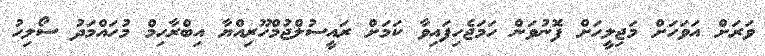
ވަރަށް އަވަހަށް މަޖިލީހަށް ފޮނުވަން ހަމަޖެހިފައިވާ ކަމަށް ރައީސުލްޖުމްހޫރިއްޔާ އިބްރާހިމް މުހައްމަދު ސޯލިހު